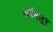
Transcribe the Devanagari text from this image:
अरंमलूर